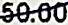
50.00